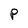
Character: P